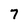
Character: 7